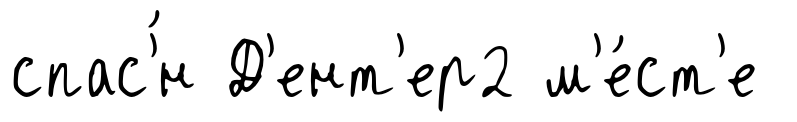
спас'́н Д'ент'ер2 м'е́ст'е